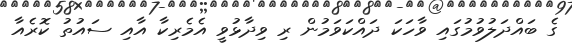
ގެ ބައްދަލުވުމުގައި ވާހަކަ ދައްކަވަމުން ރި ވިދާޅުވީ އެމެރިކާ އާއި ސައުތު ކޮރެއާ